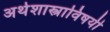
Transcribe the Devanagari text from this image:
अर्थशास्त्राविषयी